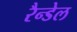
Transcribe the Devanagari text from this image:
रैन्डेल